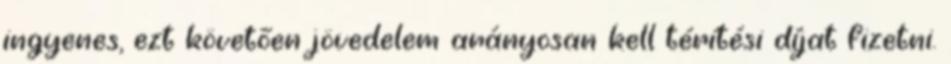
ingyenes, ezt követően jövedelem arányosan kell térítési díjat fizetni.